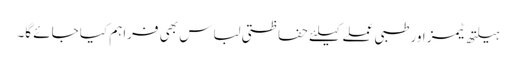
ہیلتھ ٹیمز اور طبی عملے کیلئے حفاظتی لباس بھی فراہم کیا جائے گا۔